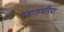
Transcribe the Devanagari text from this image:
ग्वालपरिया